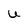
Character: U